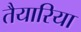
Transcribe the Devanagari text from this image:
तैयारिया